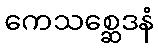
ကေသစ္ဆေဒနံ